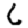
Digit: 6